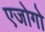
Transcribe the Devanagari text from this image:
एजोगो